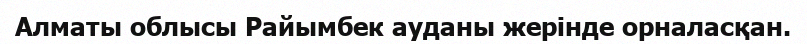
Алматы облысы Райымбек ауданы жерінде орналасқан.